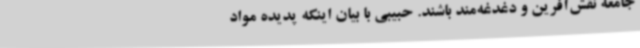
جامعه نقش‌آفرین و دغدغه‌مند باشند. حبیبی با بیان اینکه پدیده مواد